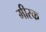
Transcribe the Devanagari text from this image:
मीरक